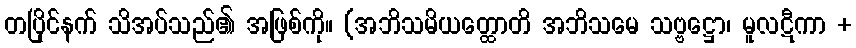
တပြိုင်နက် သိအပ်သည်၏ အဖြစ်ကို။ (အဘိသမိယတ္ထောတိ အဘိသမေ သဗ္ဗဋ္ဌော၊ မူလဋီကာ +